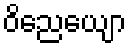
ဝိညေယျော